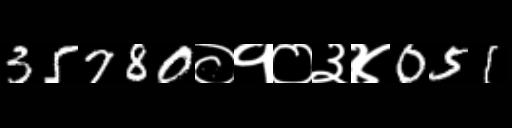
Text: 35780०१०३४051